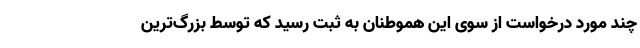
چند مورد درخواست از سوی این هموطنان به ثبت رسید که توسط بزرگ‌ترین